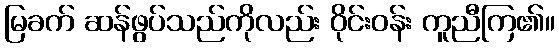
မြခက် ဆန်ဖွပ်သည်ကိုလည်း ဝိုင်းဝန်း ကူညီကြ၏။